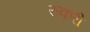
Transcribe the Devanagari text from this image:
रुकरी